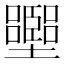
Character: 𡓶